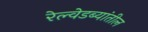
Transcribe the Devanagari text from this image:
रेल्वेडब्यांतील